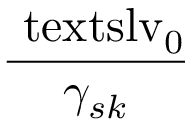
\displaystyle \frac { \ensuremath { \mathrm { \ t e x t s l { v } } _ { 0 } } } { \gamma _ { s k } }